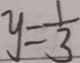
y = \frac { 1 } { 3 }